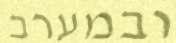
ובמערב